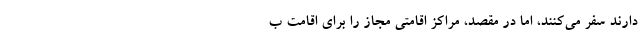
دارند سفر می‌کنند، اما در مقصد، مراکز اقامتی مجاز را برای اقامت ب